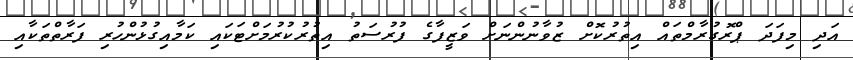
އަދި މިފަދަ ޕްރޮގުރާމްތައް އިތުރުކޮށް ޒުވާނުންނަށް ވަޒީފާގެ ފުރުސަތު އިތުރުކުރުމަށްޓަކައި ކަމާއިގުޅުންހުރި ފަރާތްތަކާއި